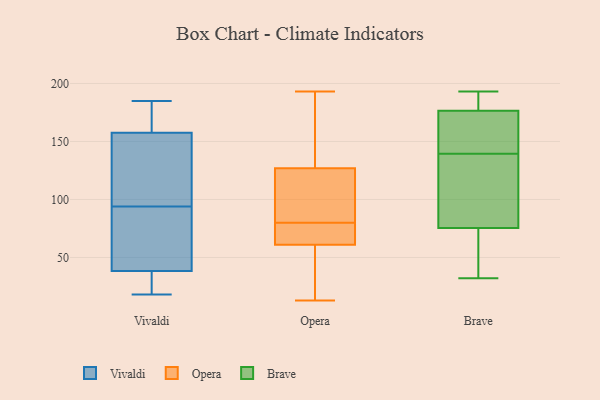
{"axis": {"x": "Net Income (USD K)", "y": "Value"}, "legend": ["Brave", "Opera", "Vivaldi"], "data": [{"x": "", "y": 18, "type": "Vivaldi"}, {"x": "", "y": 182, "type": "Vivaldi"}, {"x": "", "y": 77, "type": "Vivaldi"}, {"x": "", "y": 185, "type": "Vivaldi"}, {"x": "", "y": 111, "type": "Vivaldi"}, {"x": "", "y": 168, "type": "Vivaldi"}, {"x": "", "y": 30, "type": "Vivaldi"}, {"x": "", "y": 22, "type": "Vivaldi"}, {"x": "", "y": 58, "type": "Vivaldi"}, {"x": "", "y": 94, "type": "Vivaldi"}, {"x": "", "y": 114, "type": "Vivaldi"}, {"x": "", "y": 154, "type": "Vivaldi"}, {"x": "", "y": 41, "type": "Vivaldi"}, {"x": "", "y": 65, "type": "Opera"}, {"x": "", "y": 39, "type": "Opera"}, {"x": "", "y": 141, "type": "Opera"}, {"x": "", "y": 83, "type": "Opera"}, {"x": "", "y": 64, "type": "Opera"}, {"x": "", "y": 131, "type": "Opera"}, {"x": "", "y": 67, "type": "Opera"}, {"x": "", "y": 130, "type": "Opera"}, {"x": "", "y": 13, "type": "Opera"}, {"x": "", "y": 77, "type": "Opera"}, {"x": "", "y": 58, "type": "Opera"}, {"x": "", "y": 120, "type": "Opera"}, {"x": "", "y": 193, "type": "Opera"}, {"x": "", "y": 52, "type": "Opera"}, {"x": "", "y": 124, "type": "Opera"}, {"x": "", "y": 109, "type": "Opera"}, {"x": "", "y": 122, "type": "Brave"}, {"x": "", "y": 176, "type": "Brave"}, {"x": "", "y": 78, "type": "Brave"}, {"x": "", "y": 159, "type": "Brave"}, {"x": "", "y": 177, "type": "Brave"}, {"x": "", "y": 32, "type": "Brave"}, {"x": "", "y": 157, "type": "Brave"}, {"x": "", "y": 193, "type": "Brave"}, {"x": "", "y": 183, "type": "Brave"}, {"x": "", "y": 104, "type": "Brave"}, {"x": "", "y": 73, "type": "Brave"}, {"x": "", "y": 49, "type": "Brave"}]}